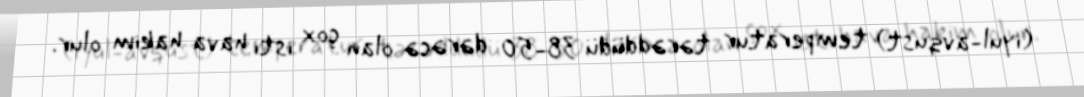
(iyul-avqust) temperatur tərəddüdü 38-50 dərəcə olan çox isti hava hakim olur.